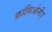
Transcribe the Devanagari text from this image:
फ्रांसिओनी।